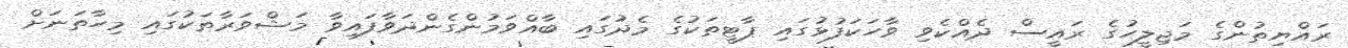
ރައްޔިތުންގެ މަޖިލީހުގެ ރައީސް ދެއްކެވި ވާހަކަފުޅުގައި ޕާޓީތަކުގެ މެދުގައި ބާއްވަމުންގެންދަވާފައިވާ މަޝްވަރާތަކުގައި މިހާތަނަށް